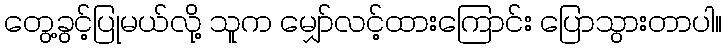
တွေ့ခွင့်ပြုမယ်လို့ သူက မျှော်လင့်ထားကြောင်း ပြောသွားတာပါ။